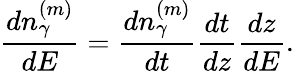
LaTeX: \frac{dn_{\gamma}^{(m)}}{dE}=\frac{dn_{\gamma}^{(m)}}{dt}\frac{dt}{dz}\frac{dz}{dE}.